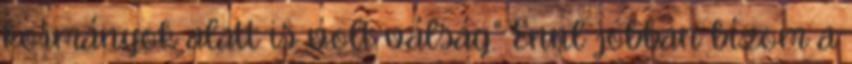
kormányok alatt is volt válság." Ennl jobban bízom a